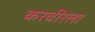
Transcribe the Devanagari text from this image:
करवीरला